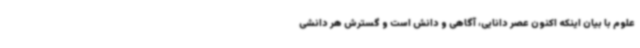
علوم با بیان اینکه اکنون عصر دانایی، آگاهی و دانش است و گسترش هر دانشی